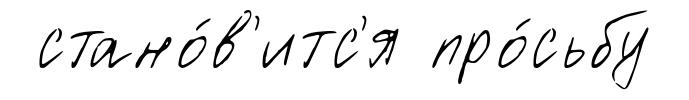
стано́в'итс'я про́сьбу